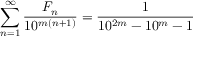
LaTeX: \sum _ { n = 1 } ^ { \infty } { \frac { F _ { n } } { 1 0 ^ { m ( n + 1 ) } } } = { \frac { 1 } { 1 0 ^ { 2 m } - 1 0 ^ { m } - 1 } }